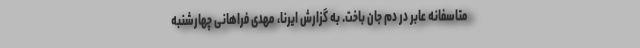
متاسفانه عابر در دم جان باخت. به گزارش ایرنا، مهدی فراهانی چهارشنبه